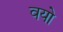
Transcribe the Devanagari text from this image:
वयो